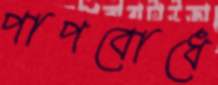
পাপবোধে